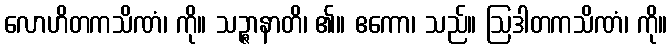
လောဟိတကသိဏံ၊ ကို။ သဉ္ဇာနာတိ၊ ၏။ ဧကော၊ သည်။ ဩဒါတကသိဏံ၊ ကို။